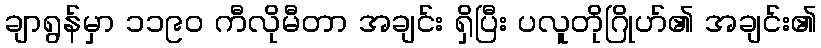
ချာရွန်မှာ ၁၁၉၀ ကီလိုမီတာ အချင်း ရှိပြီး ပလူတိုဂြိုဟ်၏ အချင်း၏